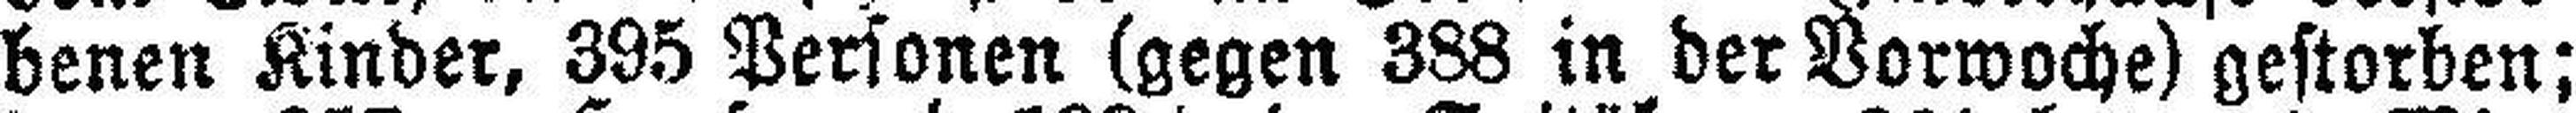
benen Kinder, 395 Personen (gegen 388 in der Vorwoche) gestorben;